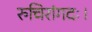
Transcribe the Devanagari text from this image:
रुचिरांगदः।